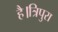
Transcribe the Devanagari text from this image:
है।त्रिपुरा